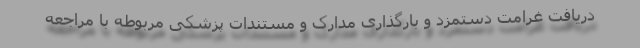
دریافت غرامت دستمزد و بارگذاری مدارک و مستندات پزشکی مربوطه با مراجعه